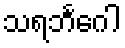
သရဘင်္ဂေါ